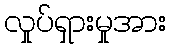
လှုပ်ရှားမှုအား